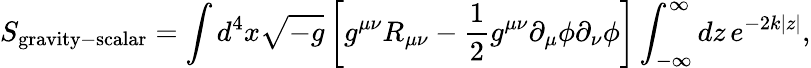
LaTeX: S_{\mathrm{gravity-scalar}}=\int d^{4}{x}\sqrt{-g}\left[g^{\mu\nu}R_{\mu\nu}-\frac{1}{2}g^{\mu\nu}\partial_{\mu}\phi\partial_{\nu}\phi\right]\int_{-\infty}^{\infty}dz\, e^{-2k|z|},